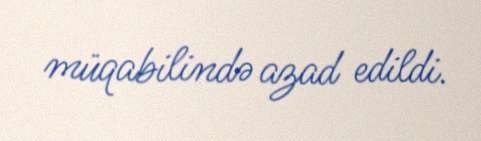
müqabilində azad edildi.